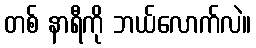
တစ် နာရီကို ဘယ်လောက်လဲ။